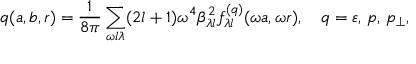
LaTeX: q ( a , b , r ) = \frac { 1 } { 8 \pi } \sum _ { \omega l \lambda } ( 2 l + 1 ) \omega ^ { 4 } \beta _ { \lambda l } ^ { 2 } f _ { \lambda l } ^ { ( q ) } ( \omega a , \omega r ) , \quad q = \varepsilon , \, p , \, p _ { \perp } ,